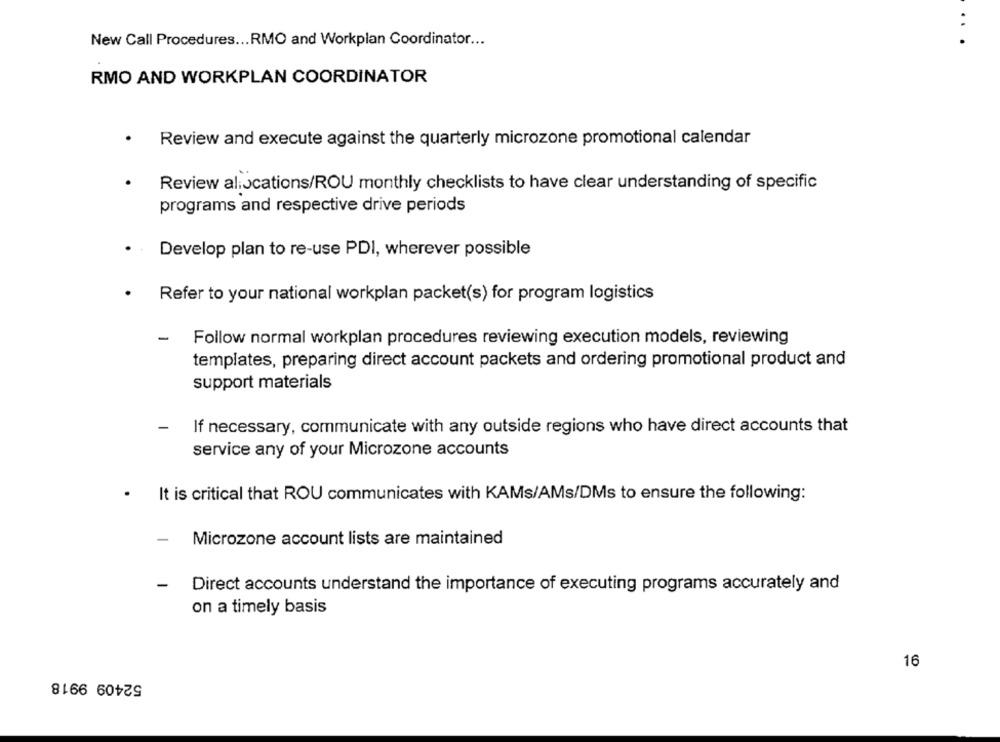
..
New Call Procedures ... RMO and Workplan Coordinator ...
RMO AND WORKPLAN COORDINATOR
Review and execute against the quarterly microzone promotional calendar
Review allocations/ROU monthly checklists to have clear understanding of specific
programs and respective drive periods
Develop plan to re-use PDI, wherever possible
Refer to your national workplan packet(s) for program logistics
-
Follow normal workplan procedures reviewing execution models, reviewing
templates, preparing direct account packets and ordering promotional product and
support materials
-
If necessary, communicate with any outside regions who have direct accounts that
service any of your Microzone accounts
.
It is critical that ROU communicates with KAMs/AMs/DMs to ensure the following:
-
Microzone account lists are maintained
-
Direct accounts understand the importance of executing programs accurately and
on a timely basis
16
52409 9918